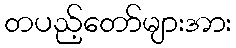
တပည့်တော်များအား